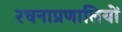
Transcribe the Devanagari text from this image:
रचनाप्रणालियों